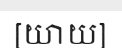
[យាយ]